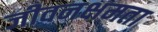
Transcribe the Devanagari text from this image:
जीवनक्षमता